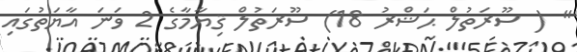
" ( ސޫރަތުލް ޙަޝްރު 18) ސޫރަތުލް ޤިޔާމާގެ 2 ވަނަ އާޔަތުގައި